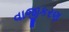
વાજીકરણ